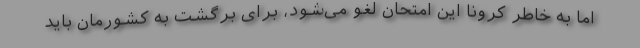
اما به خاطر کرونا این امتحان لغو می‌شود، برای برگشت به کشورمان باید